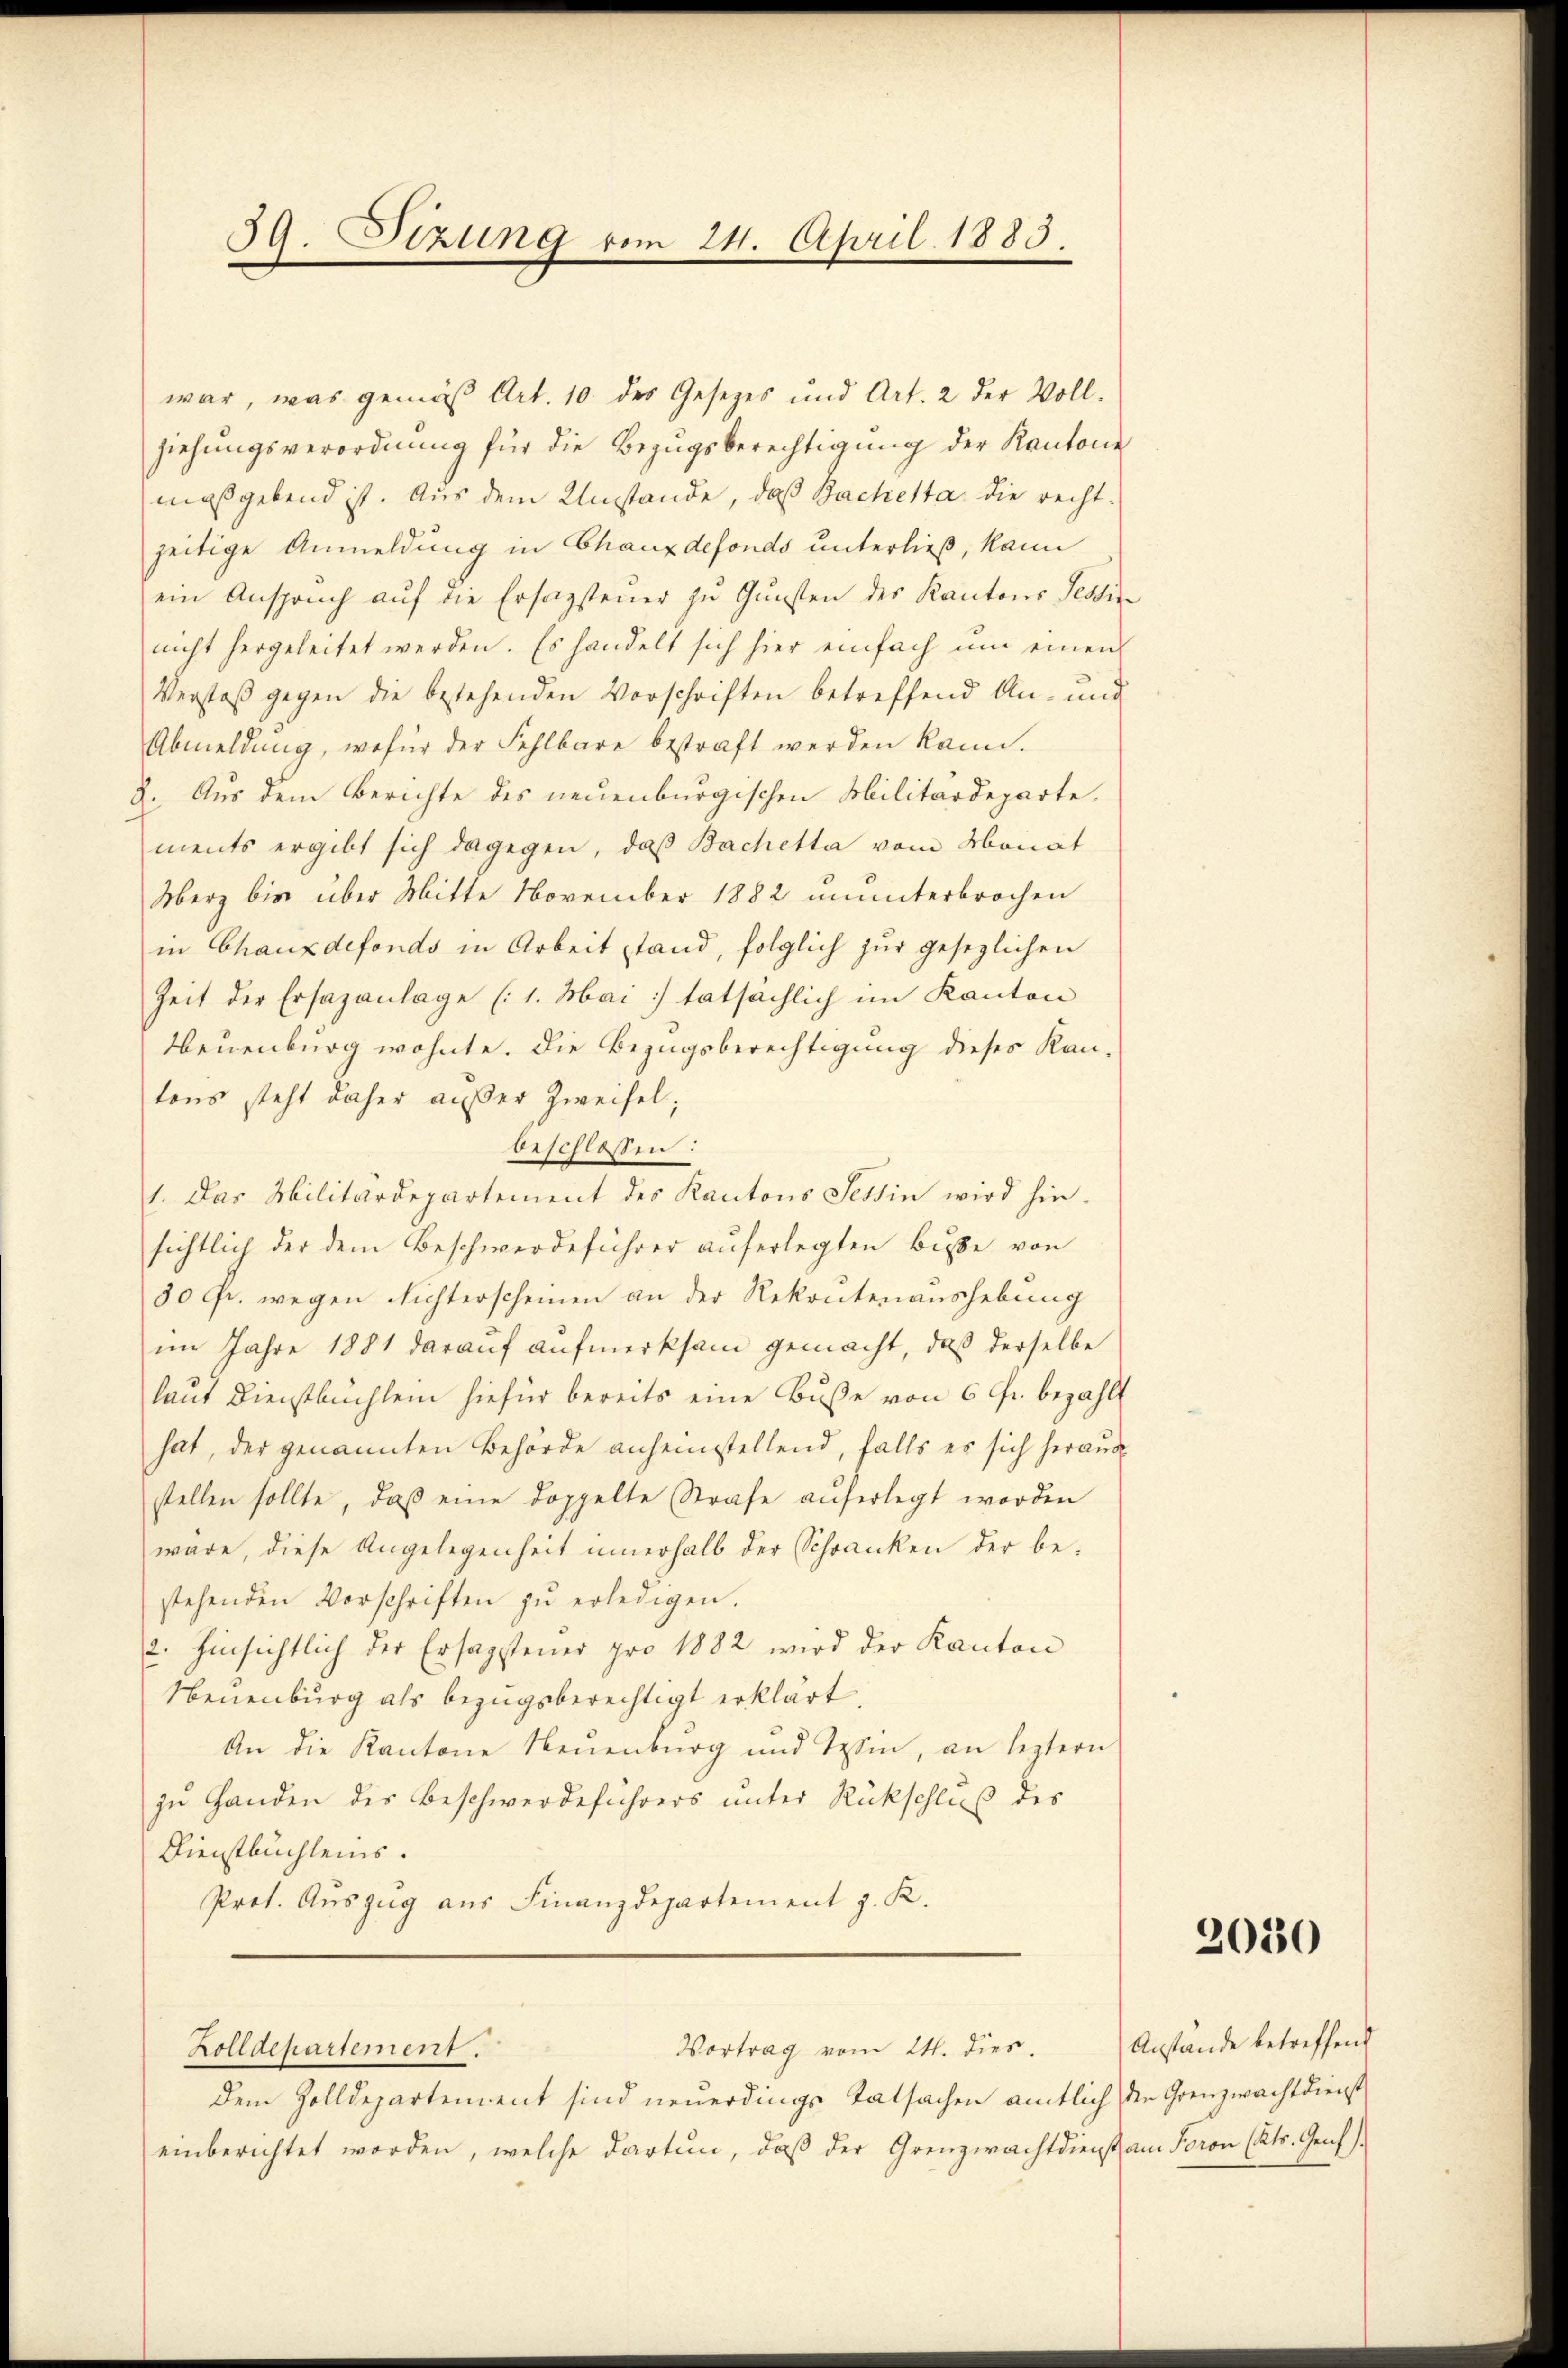
59. Sizung vom 24. April 1883.

war, was gemäß Art. 10. des Gesetzes und Art. 2 der Vollziehungsverordnung für die Bezugsberechtigung der Kantone
maßgebend ist. Aus dem Umstände, daß Bachetta die recht-
zeitige Anmeldung in Chauxdefonds unterließ, kann
ein Ansprŭch aŭf die Ersagsteŭer zŭ Gŭnsten des Kantons Tessi
nicht hergeleitet werden. Es handelt sich hier einfach ŭm einen
Verstoß gegen die bestehenden Vorschriften betreffend An- und
Abmeldŭng, wofür der Fehlbare bestraft werden kann.
2. Aus dem Berichte des neuenburgischen Militärdeparte.
ments ergibt sich dagegen, daß Bachetta vom Monat
Merz bis über Mitte November 1882 ununterbrochen
in Chauxdefonds in Arbeit stand, folglich zur gesezlichen
Zeit der Ersazanlage (1. Mai tatsächlich im Kanton
Neuenburg wohnte. Die Bezugsberechtigung dieses Kan-
tons steht daher außer Zweifel;
beschlossen:
1. Das Militärdepartement des Kantons Tessin wird hinsichtlich der dem Beschwerdeführer auferlegten Buße von
30 fr. wegen Richterscheinen an der Rekrutenaushebung
im Jahre 1881 darauf aufmerksam gemacht, daß derselbe
laut Dienstbuchlein hiefür bereits eine Buße von 6 fr. bezahl
hat, der genannten Behörde anheinstellend, falls es sich heraus
stellen sollte, daβ eine doppelte Strafe aŭferlegt worden
wäre, diese Angelegenheit innerhalb der Schranken der be-
stehenden Vorschriften zŭ erledigen.
2. Hinsichtlich der Ersagstener pro 1882 wird der Kanton
Neuenburg als bezugsberechtigt erklärt.
An die Kantone Neuenburg und Wein, an leztern
zu Handen des Beschwerdeführers unter Rückschluß des
Dienstbuchleins.
Prot. Auszug aus Finanzdepartement J. K.
Vortrag vom 24. dies.
Zolldepartement.
dem Zolldepartement sind neuerdings Tatsachen amtlich den Grenzwachtdienst
einberichtet worden, welche darten, daβ der Grenzwachtdienst am Poron (Kts. Genf)

fe
t
f

2030

Anstände betreffend